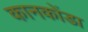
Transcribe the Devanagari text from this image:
कानकोंडा